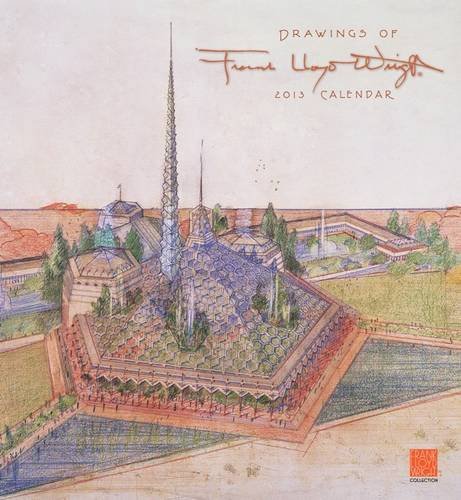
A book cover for Drawings of Frank Lloyd Wright 2013 Calendar; Frank Lloyd Wright; Calendars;